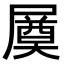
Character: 㞟